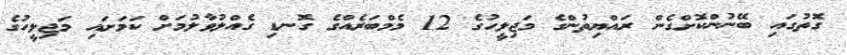
ގޮތުގައި ބޭނުންކޮށްގެން ރައްޔިތުންގެ މަޖިލީހުގެ 12 މެމްބަރެއްގެ ގޮނޑި ގެއްލުވާލުމަށް ކަމަށައި މަޖިލީހުގެ